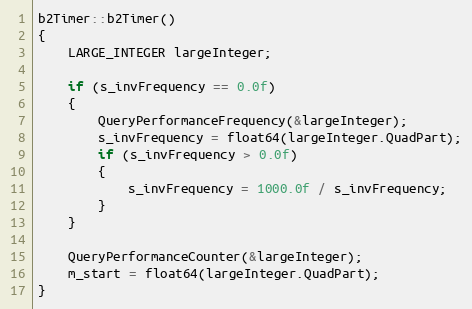
Language: C++
b2Timer::b2Timer()
{
	LARGE_INTEGER largeInteger;

	if (s_invFrequency == 0.0f)
	{
		QueryPerformanceFrequency(&largeInteger);
		s_invFrequency = float64(largeInteger.QuadPart);
		if (s_invFrequency > 0.0f)
		{
			s_invFrequency = 1000.0f / s_invFrequency;
		}
	}

	QueryPerformanceCounter(&largeInteger);
	m_start = float64(largeInteger.QuadPart);
}